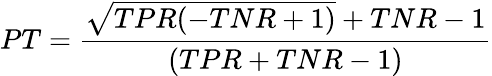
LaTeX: PT={\frac{{\sqrt{TPR(-TNR+1)}}+TNR-1}{(TPR+TNR-1)}}